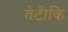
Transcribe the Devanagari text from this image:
तेटीकि